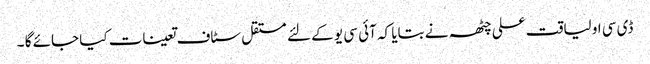
ڈی سی او لیاقت علی چٹھہ نے بتایا کہ آئی سی یو کے لئے مستقل سٹاف تعینات کیا جائے گا ۔